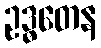
ဥဒ္ဓတေန